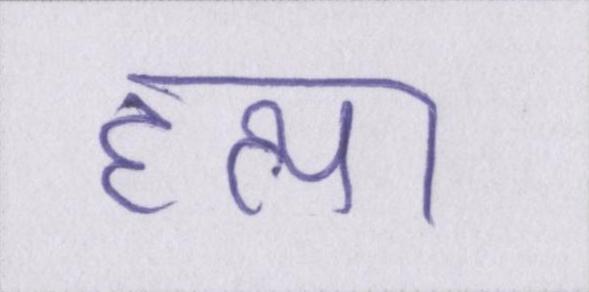
हत्या